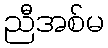
ညီအစ်မ